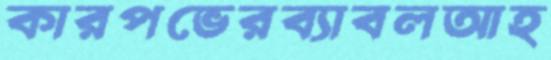
কারপভেরব্যাবলআহ